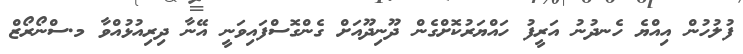
ފުލުހުން އިއްޔެ ހެނދުނު އަރީފު ހައްޔަރުކޮށްގެން ދޫނިދޫއަށް ގެންގޮސްފައިވަނީ އޭނާ ދިރިއުޅުއްވާ މ.ސްނޯރޯޒް